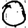
Digit: 0